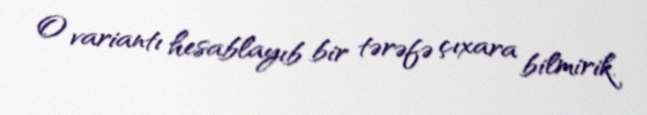
O variantı hesablayıb bir tərəfə çıxara bilmirik.